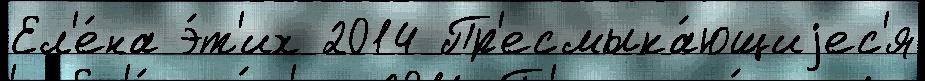
Ел'е́на э́т'их 2014 Пр'есмыка́ющиjес'я